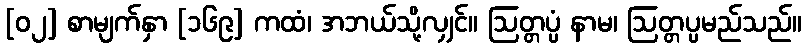
[၀၂] စာမျက်နှာ [၁၆၉] ကထံ၊ အဘယ်သို့လျှင်။ ဩတ္တပ္ပံ နာမ၊ ဩတ္တပ္ပမည်သည်။